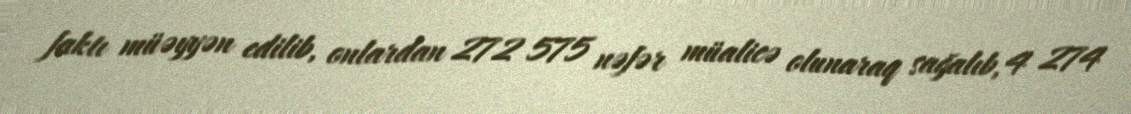
faktı müəyyən edilib, onlardan 272 575 nəfər müalicə olunaraq sağalıb, 4 274